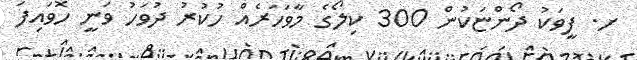
ށ. ފީވަކު ދޯންޏަކުން 300 ކިލޯގެ މާވަހަރެއް ހުކުރު ދުވަހު ވަނީ ހޮވައިފަ